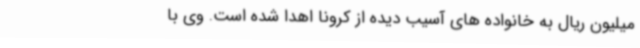
میلیون ریال به خانواده های آسیب دیده از کرونا اهدا شده است. وی با